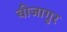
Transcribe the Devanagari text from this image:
बीजागुर